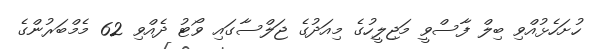
ހުށަހެޅުއްވި ބިލް ފާސްވީ މަޖިލީހުގެ މިއަދުގެ ޖަލްސާގައި ވޯޓު ދެއްވި 62 މެމްބަރުންގެ